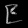
Digit: ၉